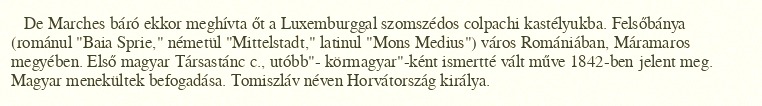
De Marches báró ekkor meghívta őt a Luxemburggal szomszédos colpachi kastélyukba. Felsőbánya (románul "Baia Sprie," németül "Mittelstadt," latinul "Mons Medius") város Romániában, Máramaros megyében. Első magyar Társastánc c., utóbb"- körmagyar"-ként ismertté vált műve 1842-ben jelent meg. Magyar menekültek befogadása. Tomiszláv néven Horvátország királya.